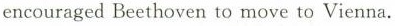
encouraged Beethoven to move to Vienna.